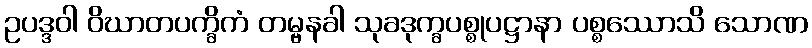
ဥပဒ္ဒဝါ ဝိဃာတပက္ခိကံ တမ္ဗနခါ သုခဒုက္ခပစ္စုပဋ္ဌာနာ ပစ္စဿောသိ သောဏ